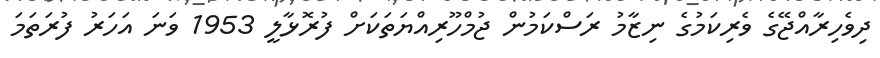
ދިވެހިރާއްޖޭގެ ވެރިކަމުގެ ނިޒާމު ރަސްކަމުން ޖުމްހޫރިއްޔަތަކަށް ފުރޮޅާލީ 1953 ވަނަ އަހަރު ފުރަތަމަ